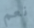
نعم